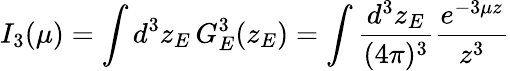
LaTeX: I_{3}(\mu)=\int d^{3}z_{E}\, G_{E}^{3}(z_{E})=\int\frac{d^{3}z_{E}}{(4\pi)^{3}}\frac{e^{-3\mu z}}{z^{3}}